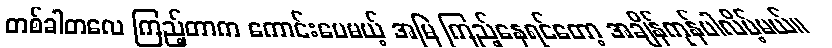
တစ်ခါတလေ ကြည့်တာက ကောင်းပေမယ့် အမြဲ ကြည့်နေရင်တော့ အချိန်ကုန်ပါလိမ့်မယ်။